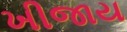
ખીજાય